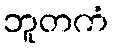
ဘူတကံ